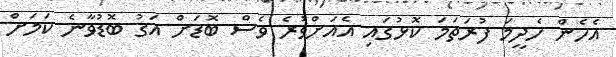
އެހެން ހެދީމަ ފުރަތަމަ ކޮޅުގައި އެއަށްވުރެ ވެސް ބޮޑަށް އަގު ބޮޑުވާނެ ކަމަށް